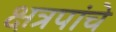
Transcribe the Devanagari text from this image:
क्षत्रपांचे